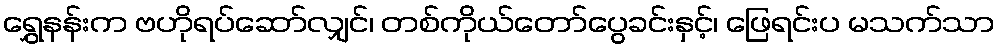
ရွှေနန်းက ဗဟိုရပ်ဆော်လျှင်၊ တစ်ကိုယ်တော်ပွေခင်းနှင့်၊ ဖြေရင်းပ မသက်သာ